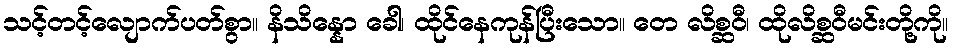
သင့်တင့်လျောက်ပတ်စွာ။ နိသိန္နော ခေါ၊ ထိုင်နေကုန်ပြီးသော။ တေ လိစ္ဆဝီ၊ ထိုလိစ္ဆဝီမင်းတို့ကို။